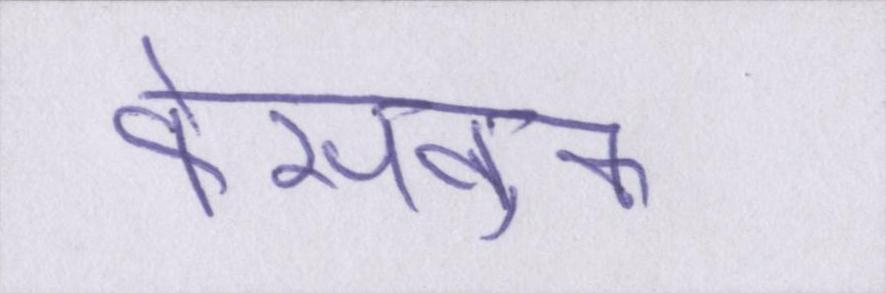
फेसबुक